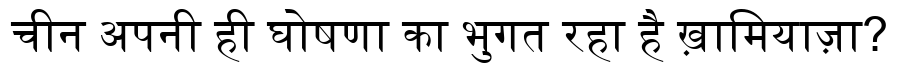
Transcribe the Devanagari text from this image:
चीन अपनी ही घोषणा का भुगत रहा है ख़ामियाज़ा?